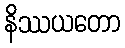
နိဿယတော